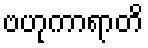
ဗဟုကာရာတိ